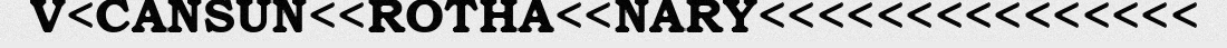
V<CANSUN<<ROTHA<<NARY<<<<<<<<<<<<<<<